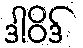
ဒါဝိဒ်